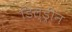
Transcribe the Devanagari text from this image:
डिल्ड्रीन